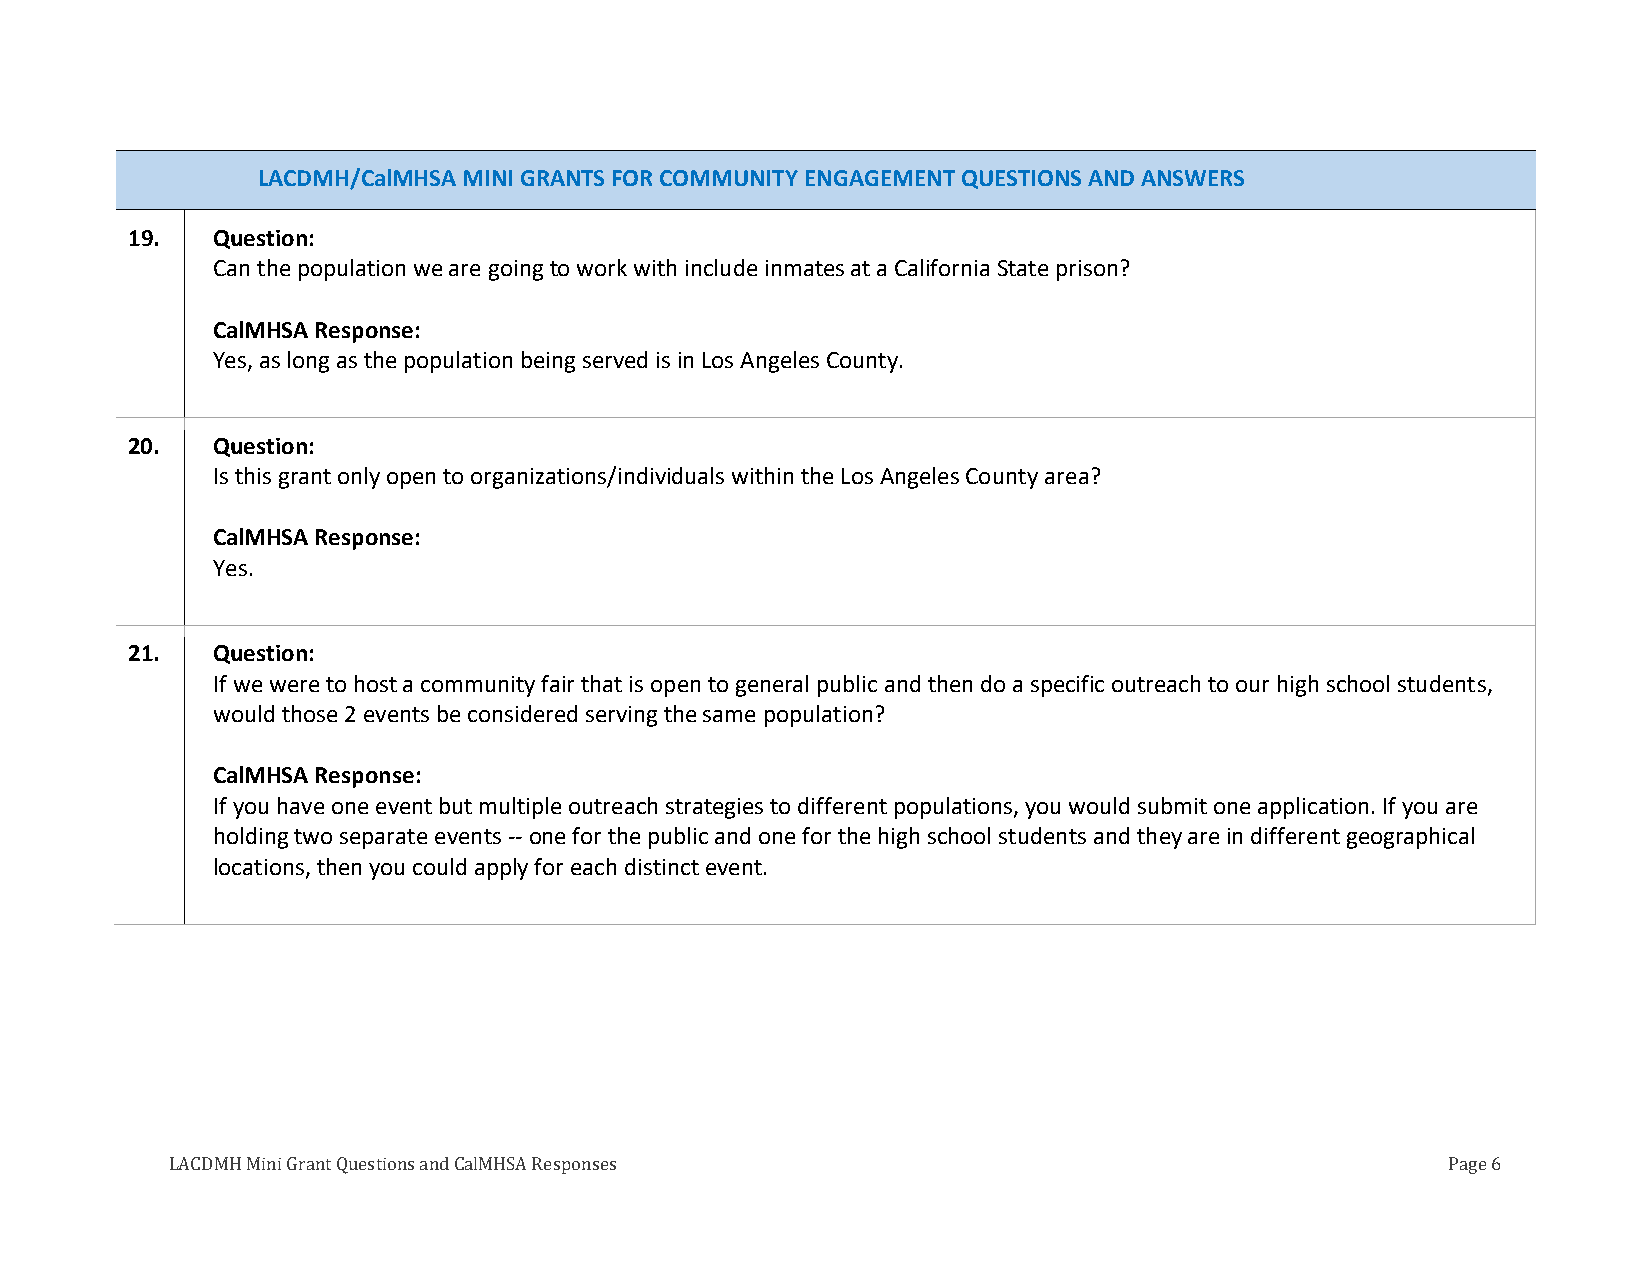
LACDMH/CalMHSA MINI GRANTS FOR COMMUNITY ENGAGEMENT QUESTIONS AND ANSWERS
 19.   Question:
 Can the population we are going to work with include inmates at a California State prison?
 CalMHSA Response:
 Yes, as long as the population being served is in Los Angeles County.
 20.   Question:
 Is this grant only open to organizations/individuals within the Los Angeles County area?
 CalMHSA Response:
 Yes.
 21.   Question:
 If we were to host a community fair that is open to general public and then do a specific outreach to our high school students,
 would those 2 events be considered serving the same population?
 CalMHSA Response:
 If you have one event but multiple outreach strategies to different populations, you would submit one application. If you are
 holding two separate events -- one for the public and one for the high school students and they are in different geographical
 locations, then you could apply for each distinct event.
 LACDMH Mini Grant Questions and CalMHSA Responses                                    Page 6